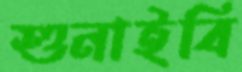
শুনাইবি